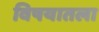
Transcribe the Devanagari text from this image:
विषयातला